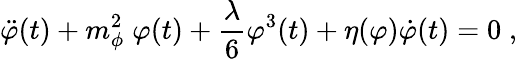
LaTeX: \ddot{\varphi}(t)+m_{\phi}^{2}\; \varphi(t)+\frac{\lambda}{6}\varphi^{3}(t)+\eta(\varphi)\dot{\varphi}(t)=0\; ,